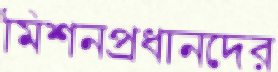
মিশনপ্রধানদের